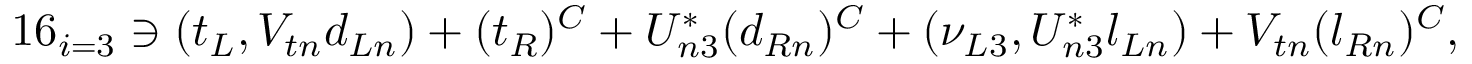
1 6 _ { i = 3 } \ni ( t _ { L } , V _ { t n } d _ { L n } ) + ( t _ { R } ) ^ { C } + U _ { n 3 } ^ { * } ( d _ { R n } ) ^ { C } + ( \nu _ { L 3 } , U _ { n 3 } ^ { * } l _ { L n } ) + V _ { t n } ( l _ { R n } ) ^ { C } ,